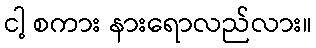
ငါ့ စကား နားရောလည်လား။